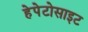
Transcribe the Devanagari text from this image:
हेपेटोसाइट